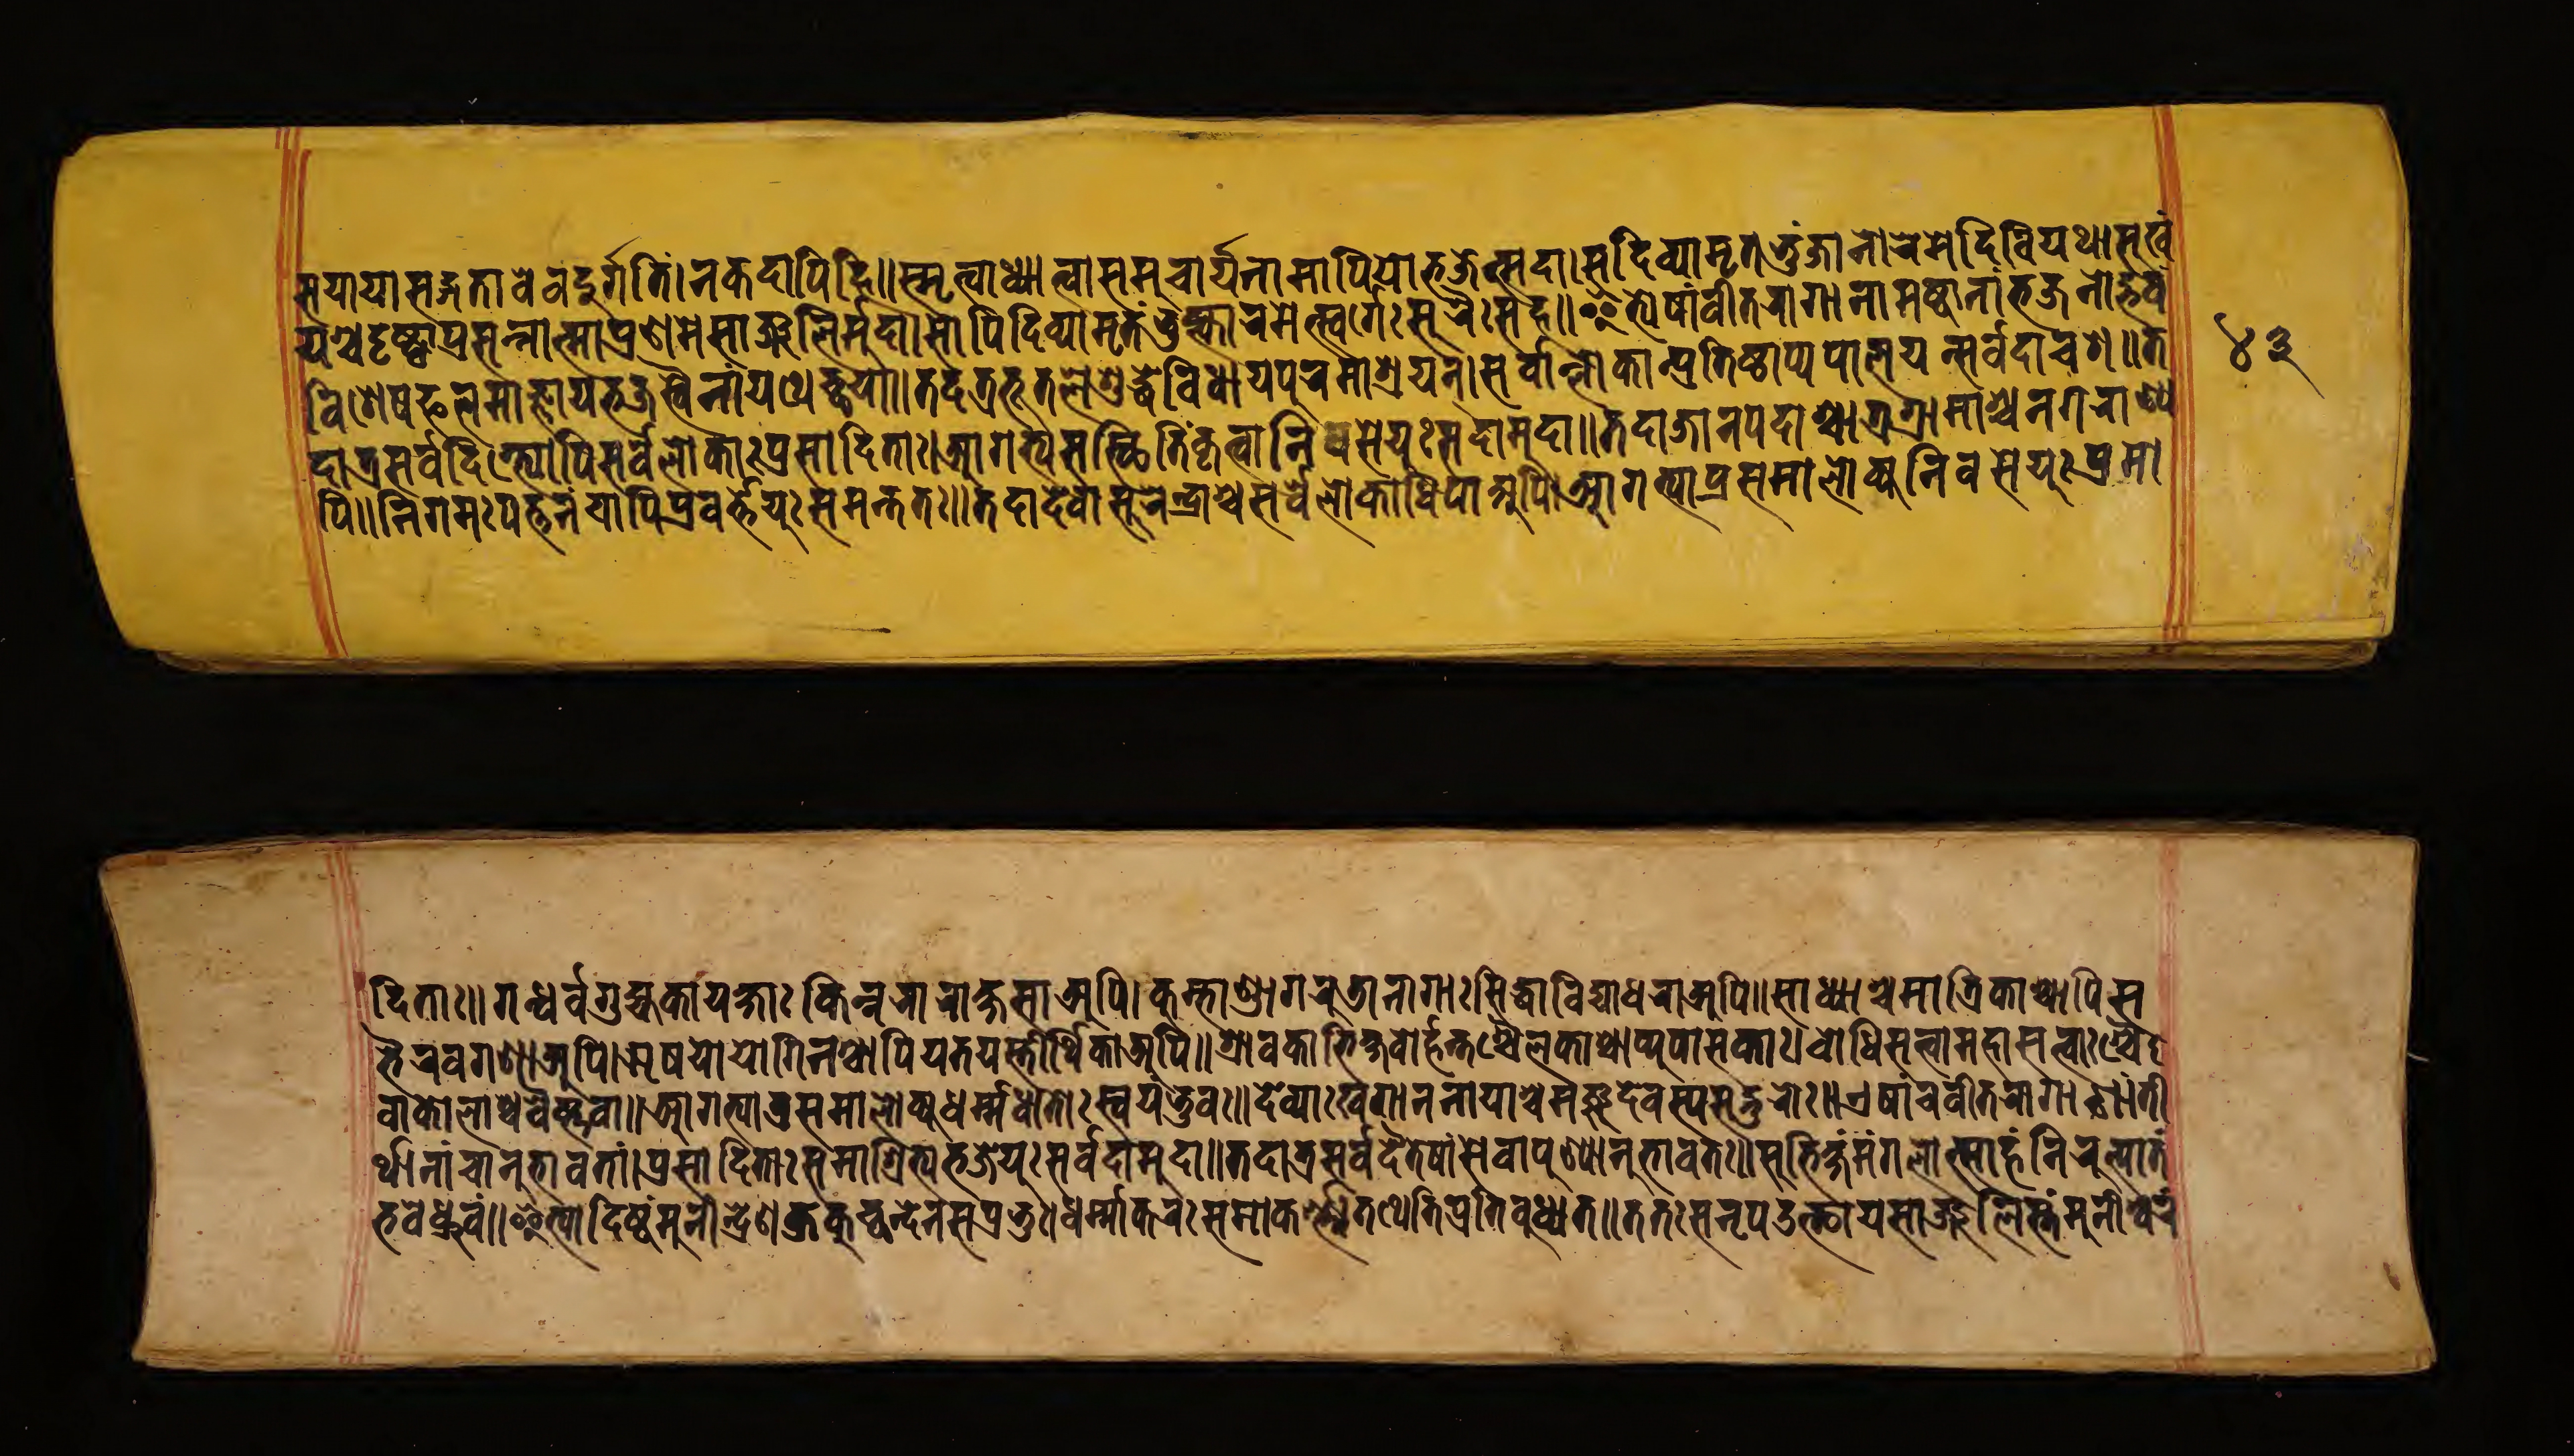
𑐳𑐫𑐵𑐫𑐵𑐟𑑂𑐳𑐒𑑂𑐐𑐟𑐵𑐰𑐾𑐰𑐡𑐸𑐬𑑂𑐐𑐟𑐶𑑄𑐣𑐎𑐡𑐵𑐥𑐶𑐴𑐶॥𑐳𑑂𑐩𑐺𑐟𑑂𑐰𑐵𑐢𑑂𑐫𑐵𑐟𑑂𑐰𑐵𑐳𑐩𑐸𑐔𑑂𑐔𑐵𑐬𑑂𑐫𑐣𑐵𑐩𑐥𑐶𑐫𑑀𑐨𑐖𑐟𑑂𑐳𑐡𑐵।𑐳𑐡𑐶𑐰𑑂𑐫𑐵𑐩𑐺𑐟𑐨𑐸𑑄𑐖𑐵𑐣𑑀𑐬𑐩𑐾𑐡𑑂𑐡𑐶𑐰𑐶𑐫𑐠𑐵𑐳𑐸𑐏𑑄 𑐫𑐱𑑂𑐔𑐡𑐺𑐲𑑂𑐚𑐵𑐥𑑂𑐬𑐳𑐣𑑂𑐣𑐵𑐟𑑂𑐩𑐵𑐥𑑂𑐬𑐞𑐩𑐾𑐟𑑂𑐳𑐵𑑄𑐖𑐮𑐶𑐬𑑂𑐩𑐸𑐡𑐵॥𑐳𑑀𑐥𑐶𑐡𑐶𑐰𑑂𑐫𑐵𑐩𑐺𑐟𑑄𑐨𑐸𑐎𑑂𑐟𑑂𑐰𑐵𑐬𑐩𑐾𑐟𑑂𑐳𑑂𑐰𑐬𑑂𑐐𑐾𑐳𑐸𑐬𑐿𑑅𑐳𑐴॥𑐂𑐟𑑂𑐫𑐾𑐲𑐵𑑄𑐰𑐷𑐟𑐬𑐵𑐐𑐵𑐞𑐵𑐩𑐲𑑂𑐚𑐵𑐣𑐵𑑄𑐨𑐖𑐣𑐵𑐡𑑂𑐢𑑂𑐬𑐸𑐰𑑄 𑐰𑐶𑐱𑐾𑐲𑐦𑐮𑐩𑐵𑐖𑑂𑐘𑐵𑐫𑐨𑐖𑐳𑑂𑐰𑐿𑐣𑐵𑑄𑐫𑐠𑐾𑐔𑑂𑐕𑐫𑐵॥𑐟𑐡𑐟𑑂𑐬𑐨𑐹𑐟𑐮𑐾𑐱𑐸𑐡𑑂𑐢𑐰𑐶𑐢𑐵𑐫𑐥𑐸𑐬𑐩𑐵𑐱𑑂𑐬𑐫𑐣𑑂।𑐳𑐬𑑂𑐰𑐵𑐮𑑂𑐮𑑀𑐎𑐵𑐣𑑂𑐥𑑂𑐬𑐟𑐶𑐲𑑂𑐛𑐵𑐥𑑂𑐫𑐥𑐵𑐮𑐫𑐣𑑂𑐳𑐬𑑂𑐰𑐡𑐵𑐰𑐳॥𑐟 𑐡𑐵𑐟𑑂𑐬𑐳𑐬𑑂𑐰𑐡𑐶𑐐𑑂𑐨𑑂𑐫𑑀𑑇𑐥𑐶𑐳𑐬𑑂𑐰𑐮𑑀𑐎𑐵𑑅𑐥𑑂𑐬𑐩𑑀𑐡𑐶𑐟𑐵𑑅।𑐁𑐐𑐟𑑂𑐫𑐳𑑄𑐳𑑂𑐠𑐶𑐟𑐶𑐎𑐺𑐟𑑂𑐰𑐵𑐣𑐶𑐰𑐳𑐾𑐫𑐸𑑅𑐳𑐡𑐵𑐩𑐸𑐡𑐵॥𑐟𑐡𑐵𑐖𑐵𑐣𑐥𑐡𑐵𑐱𑑂𑐔𑐵𑐟𑑂𑐬𑐐𑑂𑐬𑐵𑐩𑐵𑐱𑑂𑐔𑐣𑐐𑐬𑐵𑐞𑑂𑐫 𑐥𑐶॥𑐣𑐶𑐬𑑂𑐐𑐩𑐥𑐎𑑂𑐟𑐣𑑄𑐔𑐵𑐥𑐶𑐥𑑂𑐬𑐰𑐬𑑂𑐎𑑂𑐟𑐾𑐫𑐸𑑅𑐳𑐩𑐣𑑂𑐟𑐟𑑅॥𑐟𑐠𑐵𑐡𑐾𑐰𑐵𑐳𑐸𑐬𑐾𑐣𑑂𑐡𑑂𑐬𑐵𑐱𑑂𑐔𑑄𑐳𑐬𑑂𑐰𑐾𑐮𑑀𑐎𑐵𑐢𑐶𑐥𑐵𑐀𑐥𑐶।𑐁𑐐𑐟𑑂𑐫𑐵𑐥𑑂𑐬𑐳𑐩𑐵𑐮𑑀𑐎𑑂𑐫𑐣𑐶𑐰𑐳𑐾𑐫𑐸𑑅𑐥𑑂𑐬𑐩𑑀 𑐡𑐶𑐟𑐵।𑐐𑐣𑑂𑐢𑐬𑑂𑐰𑐵𑐐𑐸𑐴𑑂𑐫𑐎𑐵𑐫𑐎𑑂𑐲𑐵𑑅𑐎𑐶𑐣𑑂𑐣𑐬𑐵𑐬𑐵𑐎𑑂𑐲𑐳𑐵𑐀𑐥𑐶।𑐎𑐸𑐩𑑂𑐨𑐵𑐞𑑂𑐜𑐵𑐐𑐬𑐸𑐜𑐵𑐣𑐵𑐐𑐵𑑅𑐳𑐶𑐡𑑂𑐢𑐵𑐰𑐶𑐡𑑂𑐫𑐵𑐢𑐬𑐵𑐀𑐥𑐶॥𑐳𑐵𑐢𑑂𑐫𑐵𑐱𑑂𑐔𑐩𑐵𑐟𑐺𑐎𑐵𑐱𑑂𑐔𑐵𑐥𑐶𑐳 𑐨𑐿𑐬𑐰𑐐𑐞𑐵𑐀𑐥𑐶।𑐆𑐲𑐫𑑀𑐫𑑀𑐐𑐶𑐣𑐱𑑂𑐔𑐵𑐥𑐶𑐫𑐟𑐫𑐳𑑂𑐟𑐷𑐬𑑂𑐠𑐶𑐎𑐵𑐀𑐥𑐶॥𑐱𑑂𑐬𑐵𑐰𑐎𑐵𑐨𑐶𑐎𑑂𑐲𑐰𑑀𑐬𑑂𑐴𑐣𑑂𑐟𑐱𑑂𑐔𑐿𑐮𑐎𑐵𑐱𑑂𑐔𑐵𑐥𑑂𑐫𑐸𑐥𑐵𑐳𑐎𑐵𑑅।𑐧𑑀𑐢𑐶𑐳𑐟𑑂𑐟𑑂𑐰𑐵𑐩𑐴𑐵𑐳𑐟𑑂𑐟𑑂𑐰𑐵𑑅𑐱𑐿 𑐰𑐎𑑁𑐮𑐵𑐱𑑂𑐔𑐰𑐿𑐲𑑂𑐞𑐰𑐵॥𑐁𑐐𑐟𑑂𑐫𑐵𑐟𑑂𑐬𑐳𑐩𑐵𑐮𑑀𑐎𑑂𑐫𑐢𑐬𑑂𑐩𑑂𑐩𑐢𑐵𑐟𑑀𑑅𑐳𑑂𑐰𑐫𑑄𑐨𑐸𑐰𑑅॥𑐡𑐾𑐰𑑂𑐫𑐵𑑅𑐏𑐐𑐵𑐣𑐣𑐵𑐫𑐵𑐱𑑂𑐔𑐩𑐘𑑂𑐖𑐸𑐡𑐾𑐰𑐳𑑂𑐫𑐳𑐒𑑂𑐐𑐸𑐬𑑀𑑅॥𑐊𑐲𑐵𑑄𑐔𑐰𑐷𑐟𑐬𑐵𑐐𑐵𑐣𑐵𑑄𑐟𑐷 𑐬𑑂𑐠𑐵𑐣𑐵𑑄𑐔𑐵𑐣𑐸𑐨𑐵𑐰𑐟𑐵𑑄।𑐥𑑂𑐬𑐳𑐵𑐡𑐶𑐟𑐵𑑅𑐳𑐩𑐵𑐱𑑂𑐬𑐶𑐟𑑂𑐫𑐨𑐖𑐾𑐫𑐸𑑅𑐳𑐬𑑂𑐰𑐡𑐵𑐩𑐸𑐡𑐵॥𑐟𑐡𑐵𑐟𑑂𑐬𑐳𑐬𑑂𑐰𑐡𑐿𑐟𑐾𑐲𑐵𑑄𑐳𑐬𑑂𑐰𑐵𑐥𑐸𑐞𑑂𑐫𑐵𑐣𑐸𑐨𑐵𑐰𑐟𑑅॥𑐳𑐸𑐨𑐶𑐎𑑂𑐲𑑄𑐩𑑄𑐐𑐮𑑀𑐟𑑂𑐳𑐵𑐴𑑄𑐣𑐶𑐬𑐸𑐟𑑂𑐥𑐵𑐟𑑄 𑐨𑐰𑐾𑐡𑑂𑐢𑑂𑐬𑐸𑐰𑑂𑐬𑑄॥𑐂𑐟𑑂𑐫𑐵𑐡𑐶𑐲𑑂𑐚𑑄𑐩𑐸𑐣𑐷𑐣𑑂𑐡𑑂𑐬𑐾𑐞𑐎𑑂𑐬𑐎𑐸𑐕𑐣𑑂𑐡𑐾𑐣𑐳𑐥𑑂𑐬𑐟𑐸𑑅।𑐢𑐬𑑂𑐩𑑂𑐩𑐵𑐎𑐬𑐳𑐩𑐵𑐎𑐬𑑂𑐞𑑂𑐫𑐟𑐠𑐾𑐟𑐶𑐥𑑂𑐬𑐟𑐶𑐧𑐸𑐢𑑂𑐫𑐟॥𑐟𑐟𑑅𑐳𑑅𑐣𑐺𑐥𑑁𑐟𑑂𑐠𑐵𑐫𑐳𑐵𑐘𑑂𑐖𑐮𑐶𑐳𑑂𑐟𑑄𑐩𑐸𑐣𑐷𑐱𑑂𑐰𑐬𑑄 𑑔𑑓